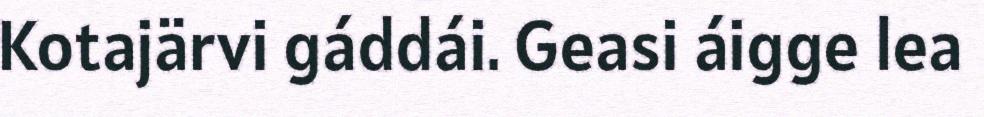
Kotajärvi gáddái. Geasi áigge lea